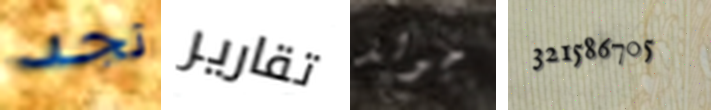
تجد تقارير جولد 321586705